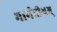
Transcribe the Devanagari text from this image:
भार्गवीयम्